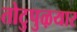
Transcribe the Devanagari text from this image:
तोटुपुऴयार